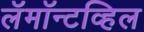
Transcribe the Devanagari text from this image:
लॅमॉन्टव्हिल